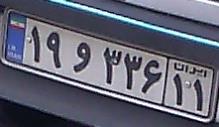
۱۹و۳۳۶۱۱